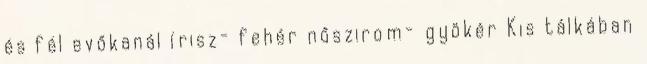
és fél evőkanál írisz- fehér nőszirom- gyökér Kis tálkában